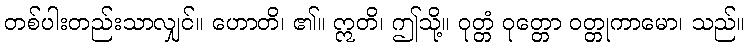
တစ်ပါးတည်းသာလျှင်။ ဟောတိ၊ ၏။ ဣတိ၊ ဤသို့။ ဝုတ္တံ ဝုတ္တော ဝတ္တုကာမော၊ သည်။